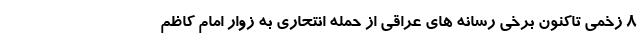
8 زخمی تاکنون برخی رسانه های عراقی از حمله انتحاری به زوار امام کاظم